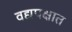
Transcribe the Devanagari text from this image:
वद्यपक्षात